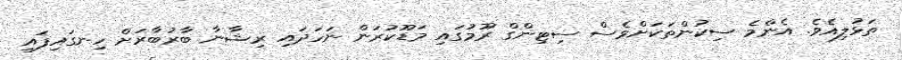
ތަޅުލިއެވެ. އެންމެ ސިކުންތަކަށްވެސް ސިޓިންގް ރޫމުގައި މަޑޫކުރަން ނަހަދައި ރިޝާނާ ބާރުބާރަށް ހިނގައިފައި